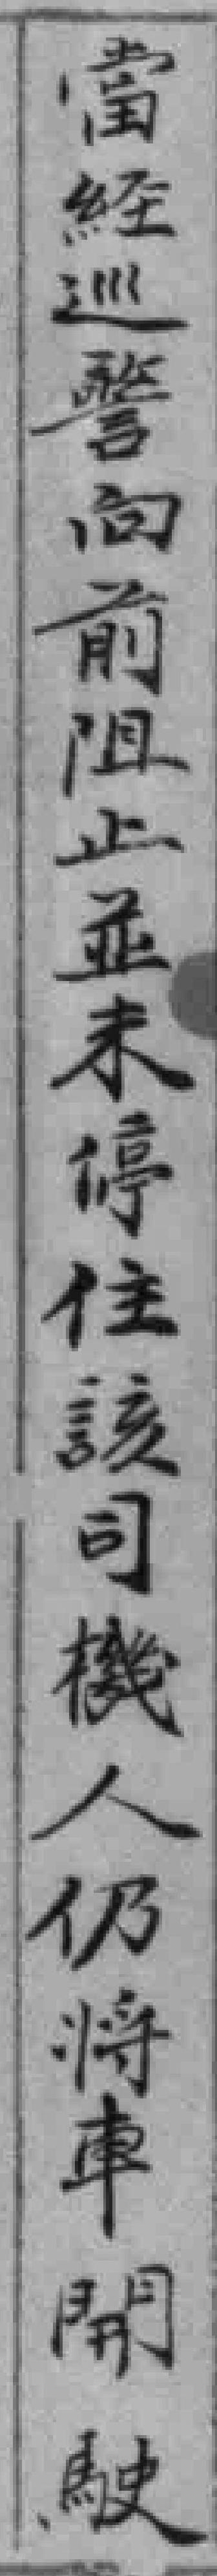
當經巡警向前阻止並未停住該司機人仍将車開駛